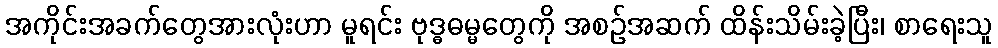
အကိုင်းအခက်တွေအားလုံးဟာ မူရင်း ဗုဒ္ဓဓမ္မတွေကို အစဉ်အဆက် ထိန်းသိမ်းခဲ့ပြီး၊ စာရေးသူ